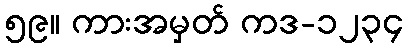
၅၉။ ကားအမှတ် ကဒ-၁၂၃၄